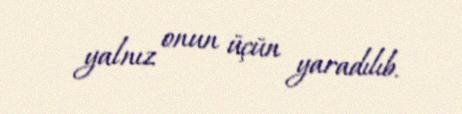
yalnız onun üçün yaradılıb.